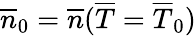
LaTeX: \overline{{n}}_{0}=\overline{{n}}(\overline{{T}}=\overline{{T}}_{0})